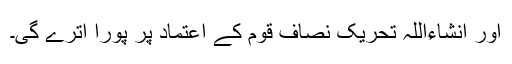
اور انشاءاللہ تحریک نصاف قوم کے اعتماد پر پورا اترے گی۔